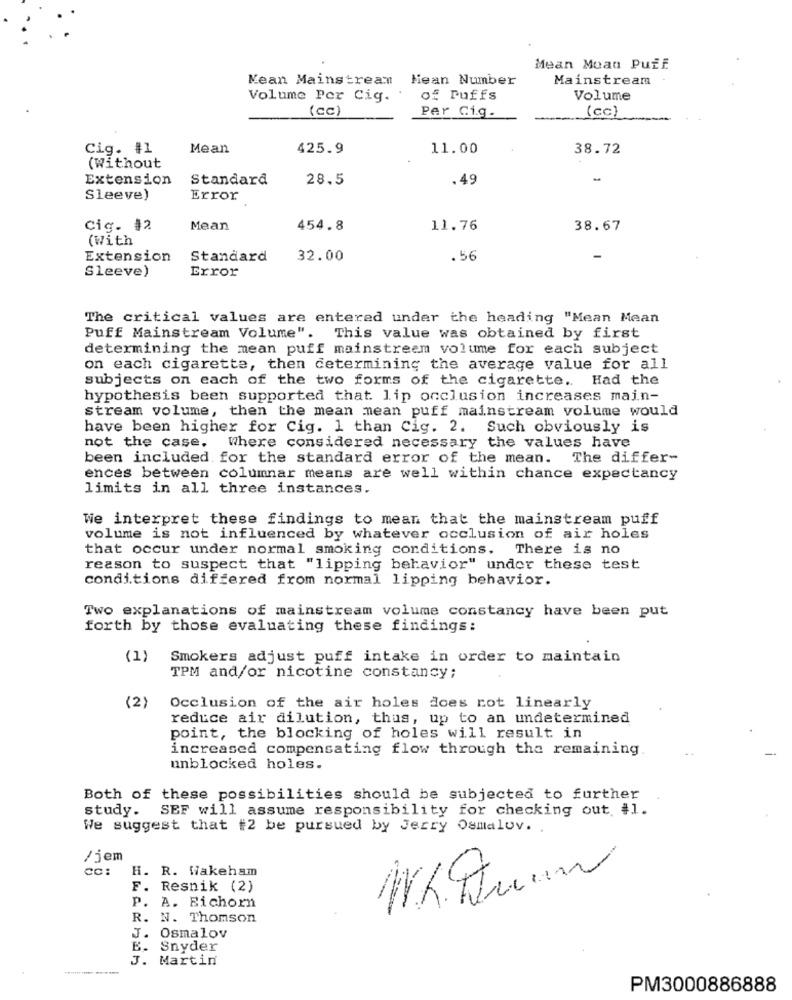
Mean Moan Puff
Kean Mainstream Mean Number
Mainstream
Volume Per Cig.
of Puffs
Volume
(cc)
Per Cig.
(cc)
Cig. #1
Mean
425.9
11.00
38.72
(Without
Extension
Standard
28.5
.49
Sleeve)
Error
Cig. #2
Mean
454.8
11.76
38.67
(With
Extension
Standard
32.00
.56
Sleeve)
Error
The critical values are entered under the heading "Mean Mean
Puff Mainstream Volume". This value was obtained by first
determining the mean puff mainstream volume for each subject
on each cigarette, then determining the average value for all
subjects on each of the two forms of the cigarette. Had the
hypothesis been supported that lip occlusion increases main-
stream volume, then the mean mean puff mainstream volume would
have been higher for Cig. 1 than Cig. 2. Such obviously is
not the case. Where considered necessary the values have
been included for the standard error of the mean.
The differ-
ences between columnar means are well within chance expectancy
limits in all three instances.
We interpret these findings to mean that the mainstream puff
volume is not influenced by whatever occlusion of air holes
that occur under normal smoking conditions. There is no
reason to suspect that "lipping behavior" under these test
conditions differed from normal lipping behavior.
Two explanations of mainstream volume constancy have been put
forth by those evaluating these findings:
(1)
Smokers adjust puff intake in order to maintain
TPM and/or nicotine constancy;
Occlusion of the air holes does rot linearly
reduce air dilution, thus, up to an undetermined
point, the blocking of holes will result in
increased compensating flow through the remaining.
unblocked holes.
Both of these possibilities should be subjected to further
study.
SEF will assume responsibility for checking out #1.
We suggest that #2 be pursued by Jerry Osmalov.
/jem
CC:
H. R. Wakeham
F. Resnik (2)
P. A. Eichorn
R. N. Thomson
J. Osmalov
B. Snyder
J. Martin
PM3000886888